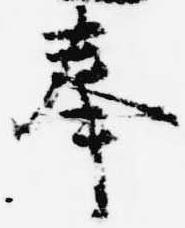
奉